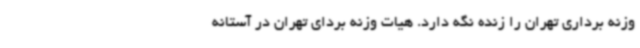
وزنه برداری تهران را زنده نگه دارد. هیات وزنه بردای تهران در آستانه